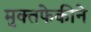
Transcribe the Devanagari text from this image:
मुक्तफेकीने